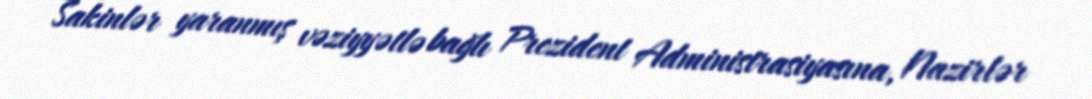
Sakinlər yaranmış vəziyyətlə bağlı Prezident Administrasiyasına, Nazirlər